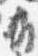
折